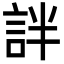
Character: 詊